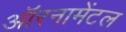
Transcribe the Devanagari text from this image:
ऑरनामेंटल